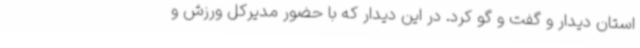
استان دیدار و گفت و گو کرد. در این دیدار که با حضور مدیرکل ورزش و